Report on the bubonic plague in Bombay, 1896-1897
Year: 1896
Disease focus: Plague
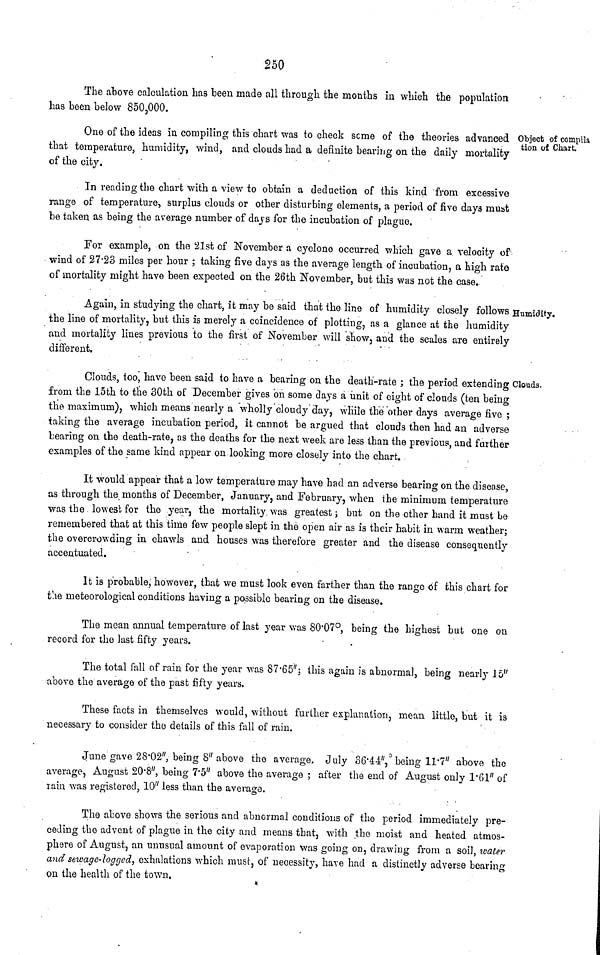
250
The above calculation has been made all through the months in which the population
has been below 850,000.
Object of compila
tion of Chart.
One of the ideas in compiling this chart was to check seme of the theories advanced
that temperature, humidity, wind, and clouds had a definite bearing on the daily mortality
of the city.
In reading the chart with a view to obtain a deduction of this kind 'from excessive
range of temperature, surplus clouds or other disturbing elements, a period of five days must
be taken as being the average number of days for the incubation of plague.
For example, on the 21st of November a cyclone occurred which gave a velocity of
wind of 27-23 miles per hour ; taking five days as the average length, of incubation, a high rate
of mortality might have been expected on the 26th November, but this was not the case.
Humidity.
Again, in studying the chart, it may be said that the line of humidity closely follows
the line of mortality, but this is merely a coincidence of plotting, as a glance at the humidity
and mortality lines previous to the first of November will show, and the scales are entirely
different.
Clouds.
Clouds, too, have been said to have a bearing on the death-rate ; the period extending
from the 15th to the 30th of December gives on some days a unit of eight of clouds (ten being
the maximum), which means nearly a wholly cloudy clay, while the other days average five ;
taking the average incubation period, it cannot be argued that clouds then had an adverse
bearing on the death-rate, as the deaths for the next week are less than the previous, and farther
examples of the same kind appear on looking more closely into the chart.
It would appear that a low temperature may have had an adverse bearing on the disease,
as through the months of December, January, and February, when the minimum temperature
was the lowest for the year, the mortality was greatest ; but on the other hand it must be
remembered that at this time few people slept in the open air as is their habit in warm weather;
the overcrowding in chawls and houses was therefore greater and the disease consequently
accentuated.
It is probable, however, that we must look even farther than the range of this chart for
the meteorological conditions having a possible bearing on the disease.
The mean annual temperature of last year was 80 . 07°, being the highest but one on
record for the last fifty years.
The total fall of rain for the year was 87 . 65 // ; this again is abnormal, being nearly 15"
above the average of the past fifty years.
These facts in themselves would, without further explanation, mean little, but it is
necessary to consider the details of this fall of rain.
June gave 28 . 02", being 8" above the average. July 36 . 44",° being 11 . 7" above the
average, August 20 . 8", being 7 . 5" above the average ; after the end of August only 1 . 61" of
lain was registered, 10" less than the average.
The above shows the serious and abnormal conditions of the period immediately pre-
ceding the advent of plague in the city and means that, with the moist and heated atmos-
phere of August, an unusual amount of evaporation was going on, drawing from a soil, water
and sewage-logged, exhalations which must·, of necessity, have had a distinctly adverse bearing
on the health of the town,